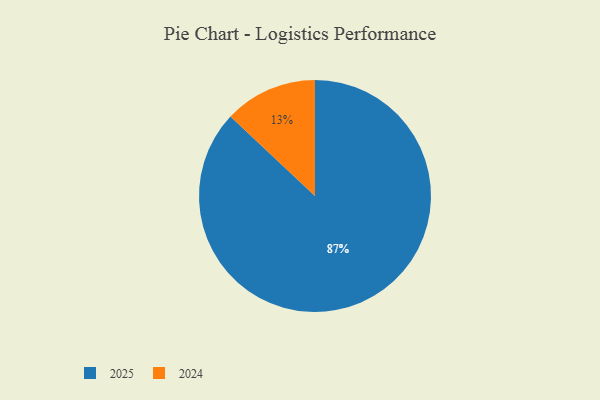
{"axis": {"x": "Category", "y": "Percentage"}, "legend": ["2024", "2025"], "data": [{"x": "2024", "y": 13, "type": "2024"}, {"x": "2025", "y": 87, "type": "2025"}]}